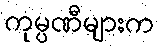
ကုမ္ပဏီများက